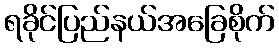
ရခိုင်ပြည်နယ်အခြေစိုက်